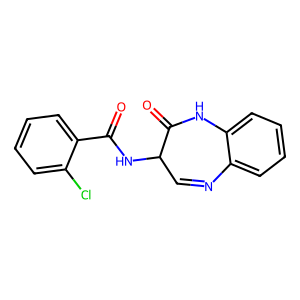
SMILES: O=C(NC1C=Nc2ccccc2NC1=O)c1ccccc1Cl
Inhibits HIV replication: No